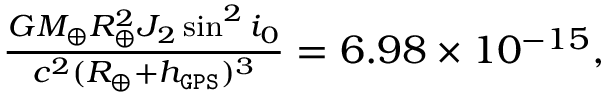
\begin{array} { r } { \frac { G M _ { \oplus } R _ { \oplus } ^ { 2 } J _ { 2 } \sin ^ { 2 } i _ { 0 } } { c ^ { 2 } ( R _ { \oplus } + h _ { \tt G P S } ) ^ { 3 } } = 6 . 9 8 \times 1 0 ^ { - 1 5 } , } \end{array}